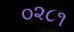
૦૨૮૧